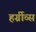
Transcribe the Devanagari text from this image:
हर्ग्रीव्स